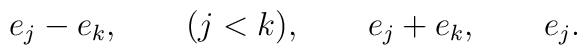
e_j-e_k,\qquad (j<k), \qquad e_j+e_k, \qquad e_j.